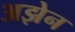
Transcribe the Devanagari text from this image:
अझेन